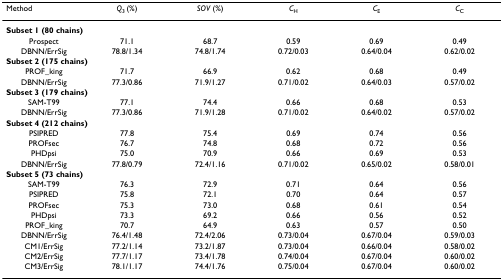
<table><thead><tr><td><b>Method</b></td><td><b><i>Q</i><sub>3 </sub>(%)</b></td><td><b><i>SOV </i>(%)</b></td><td><b><i>C</i><sub>H</sub></b></td><td><b><i>C</i><sub>E</sub></b></td><td><b><i>C</i><sub>C</sub></b></td></tr></thead><tbody><tr><td colspan="6"><b>Subset 1 (80 chains)</b></td></tr><tr><td>Prospect</td><td>71.1</td><td>68.7</td><td>0.59</td><td>0.69</td><td>0.49</td></tr><tr><td>DBNN/ErrSig</td><td>78.8/1.34</td><td>74.8/1.74</td><td>0.72/0.03</td><td>0.64/0.04</td><td>0.62/0.02</td></tr><tr><td colspan="6"><b>Subset 2 (175 chains)</b></td></tr><tr><td>PROF_king</td><td>71.7</td><td>66.9</td><td>0.62</td><td>0.68</td><td>0.49</td></tr><tr><td>DBNN/ErrSig</td><td>77.3/0.86</td><td>71.9/1.27</td><td>0.71/0.02</td><td>0.64/0.03</td><td>0.57/0.02</td></tr><tr><td colspan="6"><b>Subset 3 (179 chains)</b></td></tr><tr><td>SAM-T99</td><td>77.1</td><td>74.4</td><td>0.66</td><td>0.68</td><td>0.53</td></tr><tr><td>DBNN/ErrSig</td><td>77.3/0.86</td><td>71.9/1.28</td><td>0.71/0.02</td><td>0.64/0.02</td><td>0.57/0.02</td></tr><tr><td colspan="6"><b>Subset 4 (212 chains)</b></td></tr><tr><td>PSIPRED</td><td>77.8</td><td>75.4</td><td>0.69</td><td>0.74</td><td>0.56</td></tr><tr><td>PROFsec</td><td>76.7</td><td>74.8</td><td>0.68</td><td>0.72</td><td>0.56</td></tr><tr><td>PHDpsi</td><td>75.0</td><td>70.9</td><td>0.66</td><td>0.69</td><td>0.53</td></tr><tr><td>DBNN/ErrSig</td><td>77.8/0.79</td><td>72.4/1.16</td><td>0.71/0.02</td><td>0.65/0.02</td><td>0.58/0.01</td></tr><tr><td colspan="6"><b>Subset 5 (73 chains)</b></td></tr><tr><td>SAM-T99</td><td>76.3</td><td>72.9</td><td>0.71</td><td>0.64</td><td>0.56</td></tr><tr><td>PSIPRED</td><td>75.8</td><td>72.1</td><td>0.70</td><td>0.64</td><td>0.57</td></tr><tr><td>PROFsec</td><td>75.3</td><td>73.0</td><td>0.68</td><td>0.61</td><td>0.54</td></tr><tr><td>PHDpsi</td><td>73.3</td><td>69.2</td><td>0.66</td><td>0.56</td><td>0.52</td></tr><tr><td>PROF_king</td><td>70.7</td><td>64.9</td><td>0.63</td><td>0.57</td><td>0.50</td></tr><tr><td>DBNN/ErrSig</td><td>76.4/1.48</td><td>72.4/2.06</td><td>0.73/0.04</td><td>0.67/0.04</td><td>0.59/0.03</td></tr><tr><td>CM1/ErrSig</td><td>77.2/1.14</td><td>73.2/1.87</td><td>0.73/0.04</td><td>0.66/0.04</td><td>0.58/0.02</td></tr><tr><td>CM2/ErrSig</td><td>77.7/1.17</td><td>73.4/1.78</td><td>0.74/0.04</td><td>0.67/0.04</td><td>0.60/0.02</td></tr><tr><td>CM3/ErrSig</td><td>78.1/1.17</td><td>74.4/1.76</td><td>0.75/0.04</td><td>0.67/0.04</td><td>0.60/0.02</td></tr></tbody></table>